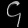
Digit: ၄